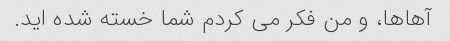
آهاها، و من فکر می کردم شما خسته شده اید.